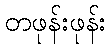
တဖုန်းဖုန်း